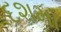
દશમા